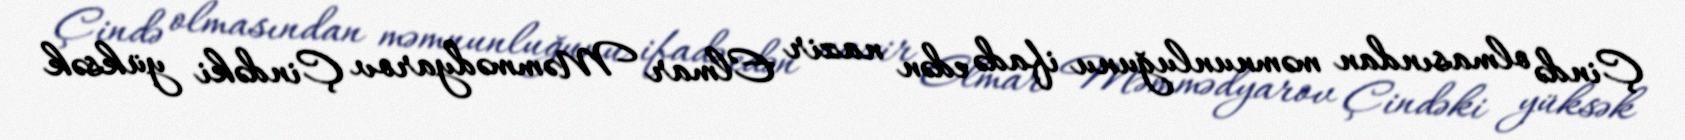
Çində olmasından məmnunluğunu ifadə edən nazir Elmar Məmmədyarov Çindəki yüksək